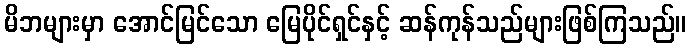
မိဘများမှာ အောင်မြင်သော မြေပိုင်ရှင်နှင့် ဆန်ကုန်သည်များဖြစ်ကြသည်။